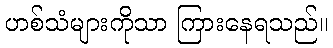
ဟစ်သံများကိုသာ ကြားနေရသည်။